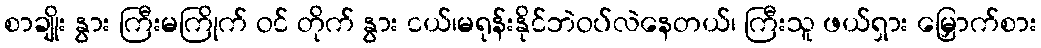
စာချိုး နွား ကြီးမကြိုက် ဝင် တိုက် နွား ငယ်၊မရုန်းနိုင်ဘဲဝပ်လဲနေတယ်၊ ကြီးသူ ဖယ်ရှား မြှောက်စား